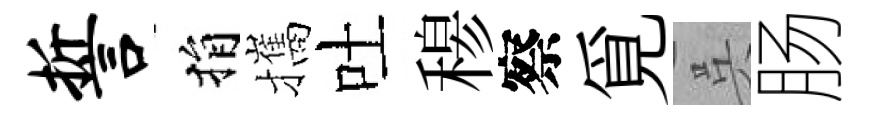
誓捐攜吐𥠇察覓呉肠